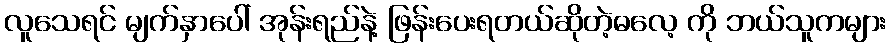
လူသေရင် မျက်နှာပေါ် အုန်းရည်နဲ့ ဖြန်းပေးရတယ်ဆိုတဲ့ဓလေ့ ကို ဘယ်သူကများ